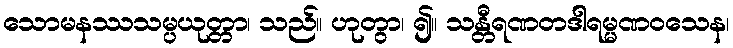
သောမနဿသမ္ပယုတ္တာ၊ သည်။ ဟုတွာ၊ ၍။ သန္တီရဏတဒါရမ္မဏဝသေန၊